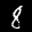
Label: 8